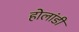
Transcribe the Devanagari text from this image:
होलांडी